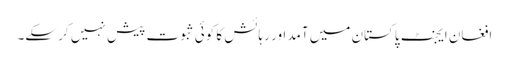
افغان ایجنٹ پاکستان میں آمد اور رہائش کا کوئی ثبوت پیش نہیں کر سکے۔